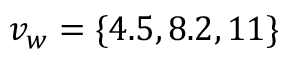
v _ { w } = \{ 4 . 5 , 8 . 2 , 1 1 \}